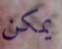
يمكن